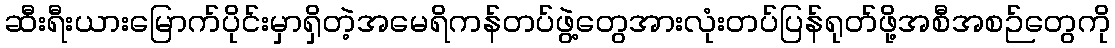
ဆီးရီးယားမြောက်ပိုင်းမှာရှိတဲ့အမေရိကန်တပ်ဖွဲ့တွေအားလုံးတပ်ပြန်ရုတ်ဖို့အစီအစဉ်တွေကို